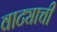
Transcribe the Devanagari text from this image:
वाट्याची